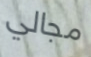
مجالي